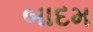
બાદમ